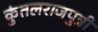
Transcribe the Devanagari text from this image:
कुंतलराजपुत्री